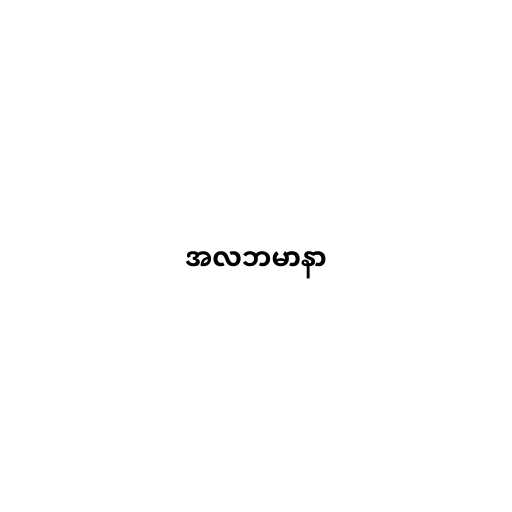
အလဘမာနာ